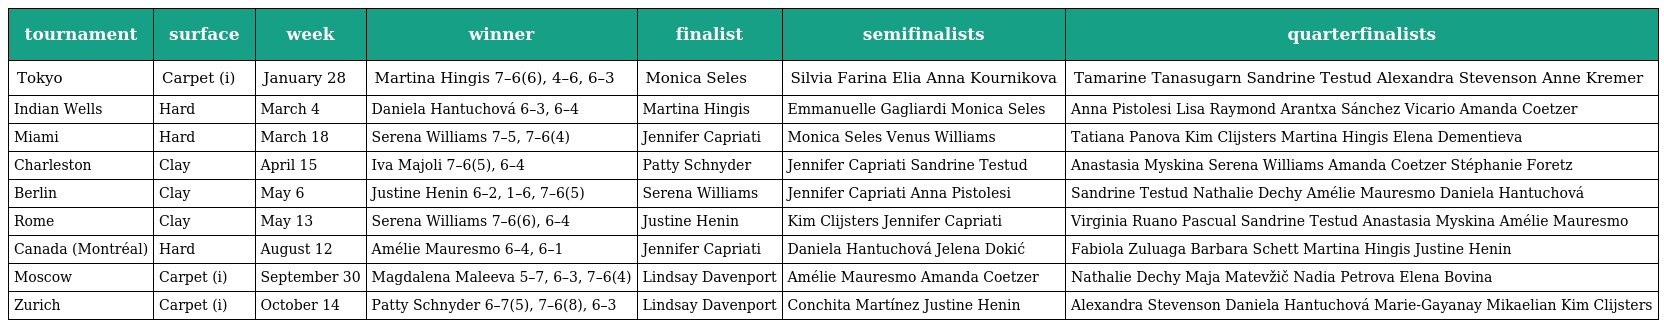
| tournament | surface | week | winner | finalist | semifinalists | quarterfinalists |
 | --- | --- | --- | --- | --- | --- | --- |
 | Tokyo | Carpet (i) | January 28 | Martina Hingis 7–6(6), 4–6, 6–3 | Monica Seles | Silvia Farina Elia Anna Kournikova | Tamarine Tanasugarn Sandrine Testud Alexandra Stevenson Anne Kremer |
 | Indian Wells | Hard | March 4 | Daniela Hantuchová 6–3, 6–4 | Martina Hingis | Emmanuelle Gagliardi Monica Seles | Anna Pistolesi Lisa Raymond Arantxa Sánchez Vicario Amanda Coetzer |
 | Miami | Hard | March 18 | Serena Williams 7–5, 7–6(4) | Jennifer Capriati | Monica Seles Venus Williams | Tatiana Panova Kim Clijsters Martina Hingis Elena Dementieva |
 | Charleston | Clay | April 15 | Iva Majoli 7–6(5), 6–4 | Patty Schnyder | Jennifer Capriati Sandrine Testud | Anastasia Myskina Serena Williams Amanda Coetzer Stéphanie Foretz |
 | Berlin | Clay | May 6 | Justine Henin 6–2, 1–6, 7–6(5) | Serena Williams | Jennifer Capriati Anna Pistolesi | Sandrine Testud Nathalie Dechy Amélie Mauresmo Daniela Hantuchová |
 | Rome | Clay | May 13 | Serena Williams 7–6(6), 6–4 | Justine Henin | Kim Clijsters Jennifer Capriati | Virginia Ruano Pascual Sandrine Testud Anastasia Myskina Amélie Mauresmo |
 | Canada (Montréal) | Hard | August 12 | Amélie Mauresmo 6–4, 6–1 | Jennifer Capriati | Daniela Hantuchová Jelena Dokić | Fabiola Zuluaga Barbara Schett Martina Hingis Justine Henin |
 | Moscow | Carpet (i) | September 30 | Magdalena Maleeva 5–7, 6–3, 7–6(4) | Lindsay Davenport | Amélie Mauresmo Amanda Coetzer | Nathalie Dechy Maja Matevžič Nadia Petrova Elena Bovina |
 | Zurich | Carpet (i) | October 14 | Patty Schnyder 6–7(5), 7–6(8), 6–3 | Lindsay Davenport | Conchita Martínez Justine Henin | Alexandra Stevenson Daniela Hantuchová Marie-Gayanay Mikaelian Kim Clijsters |